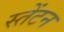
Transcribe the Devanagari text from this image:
स्तेंटन